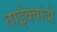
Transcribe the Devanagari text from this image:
ताईक्वांदो